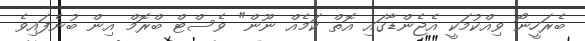
ބެރަހީނޯ ވިއްކުމަކީ އެޖެންޑާގައި އޮތް ކަމެއް ނޫން" ވެސްޓް ބްރޮމް އިން ބުނެފައިވެ